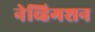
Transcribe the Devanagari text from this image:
नेव्हिगशन